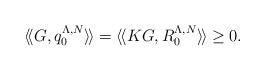
LaTeX: \begin{align*} \langle\!\langle G, q_0^{\Lambda,N} \rangle\!\rangle =\langle\!\langle K G, R_0^{\Lambda,N} \rangle\!\rangle \geq 0.\end{align*}